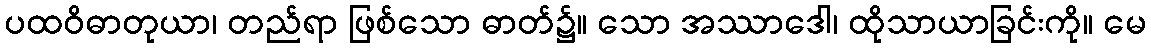
ပထဝိဓာတုယာ၊ တည်ရာ ဖြစ်သော ဓာတ်၌။ သော အဿာဒေါ၊ ထိုသာယာခြင်းကို။ မေ